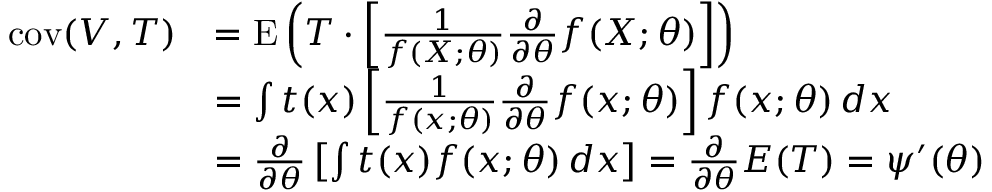
{ \begin{array} { r l } { \operatorname { c o v } ( V , T ) } & { = \operatorname { E } \left( T \cdot \left[ { \frac { 1 } { f ( X ; \theta ) } } { \frac { \partial } { \partial \theta } } f ( X ; \theta ) \right] \right) } \\ & { = \int t ( x ) \left[ { \frac { 1 } { f ( x ; \theta ) } } { \frac { \partial } { \partial \theta } } f ( x ; \theta ) \right] f ( x ; \theta ) \, d x } \\ & { = { \frac { \partial } { \partial \theta } } \left[ \int t ( x ) f ( x ; \theta ) \, d x \right] = { \frac { \partial } { \partial \theta } } E ( T ) = \psi ^ { \prime } ( \theta ) } \end{array} }